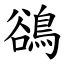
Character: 鵒